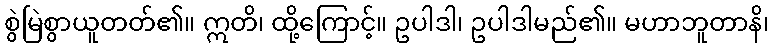
စွဲမြဲစွာယူတတ်၏။ ဣတိ၊ ထို့ကြောင့်။ ဥပါဒါ၊ ဥပါဒါမည်၏။ မဟာဘူတာနိ၊